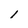
Character: 1